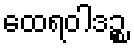
ထေရဝါဒဉ္စ